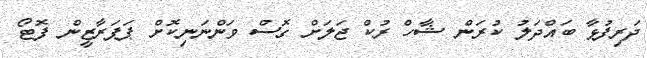
ދަރިފުޅާ ބައްދަލު ކުރަން ޝާހް ރުކް ޖަލަށް ގޮސް ވަންނަނިކޮށް ޕަޕަރާޒީން ފޮޓޯ